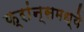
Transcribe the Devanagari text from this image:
फ्रांन्समध्ये